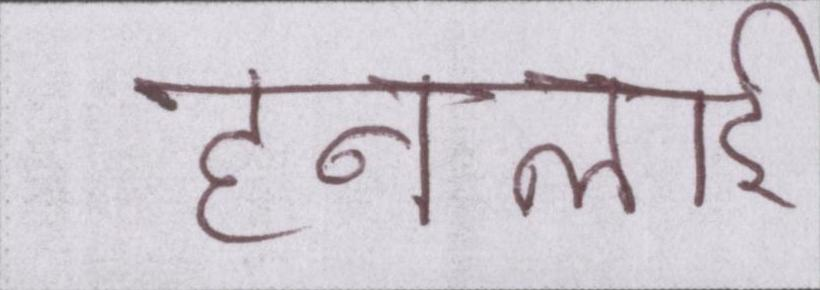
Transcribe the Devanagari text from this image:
हनलाई